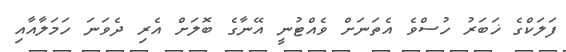
ފަލަކްގެ ޚަބަރު ހުސްވެ އެތަނަށް ވެއްޓުނީ އޭނާގެ ބޮލަށް އެރި ދެވަނަ ހަމަލާއާއި